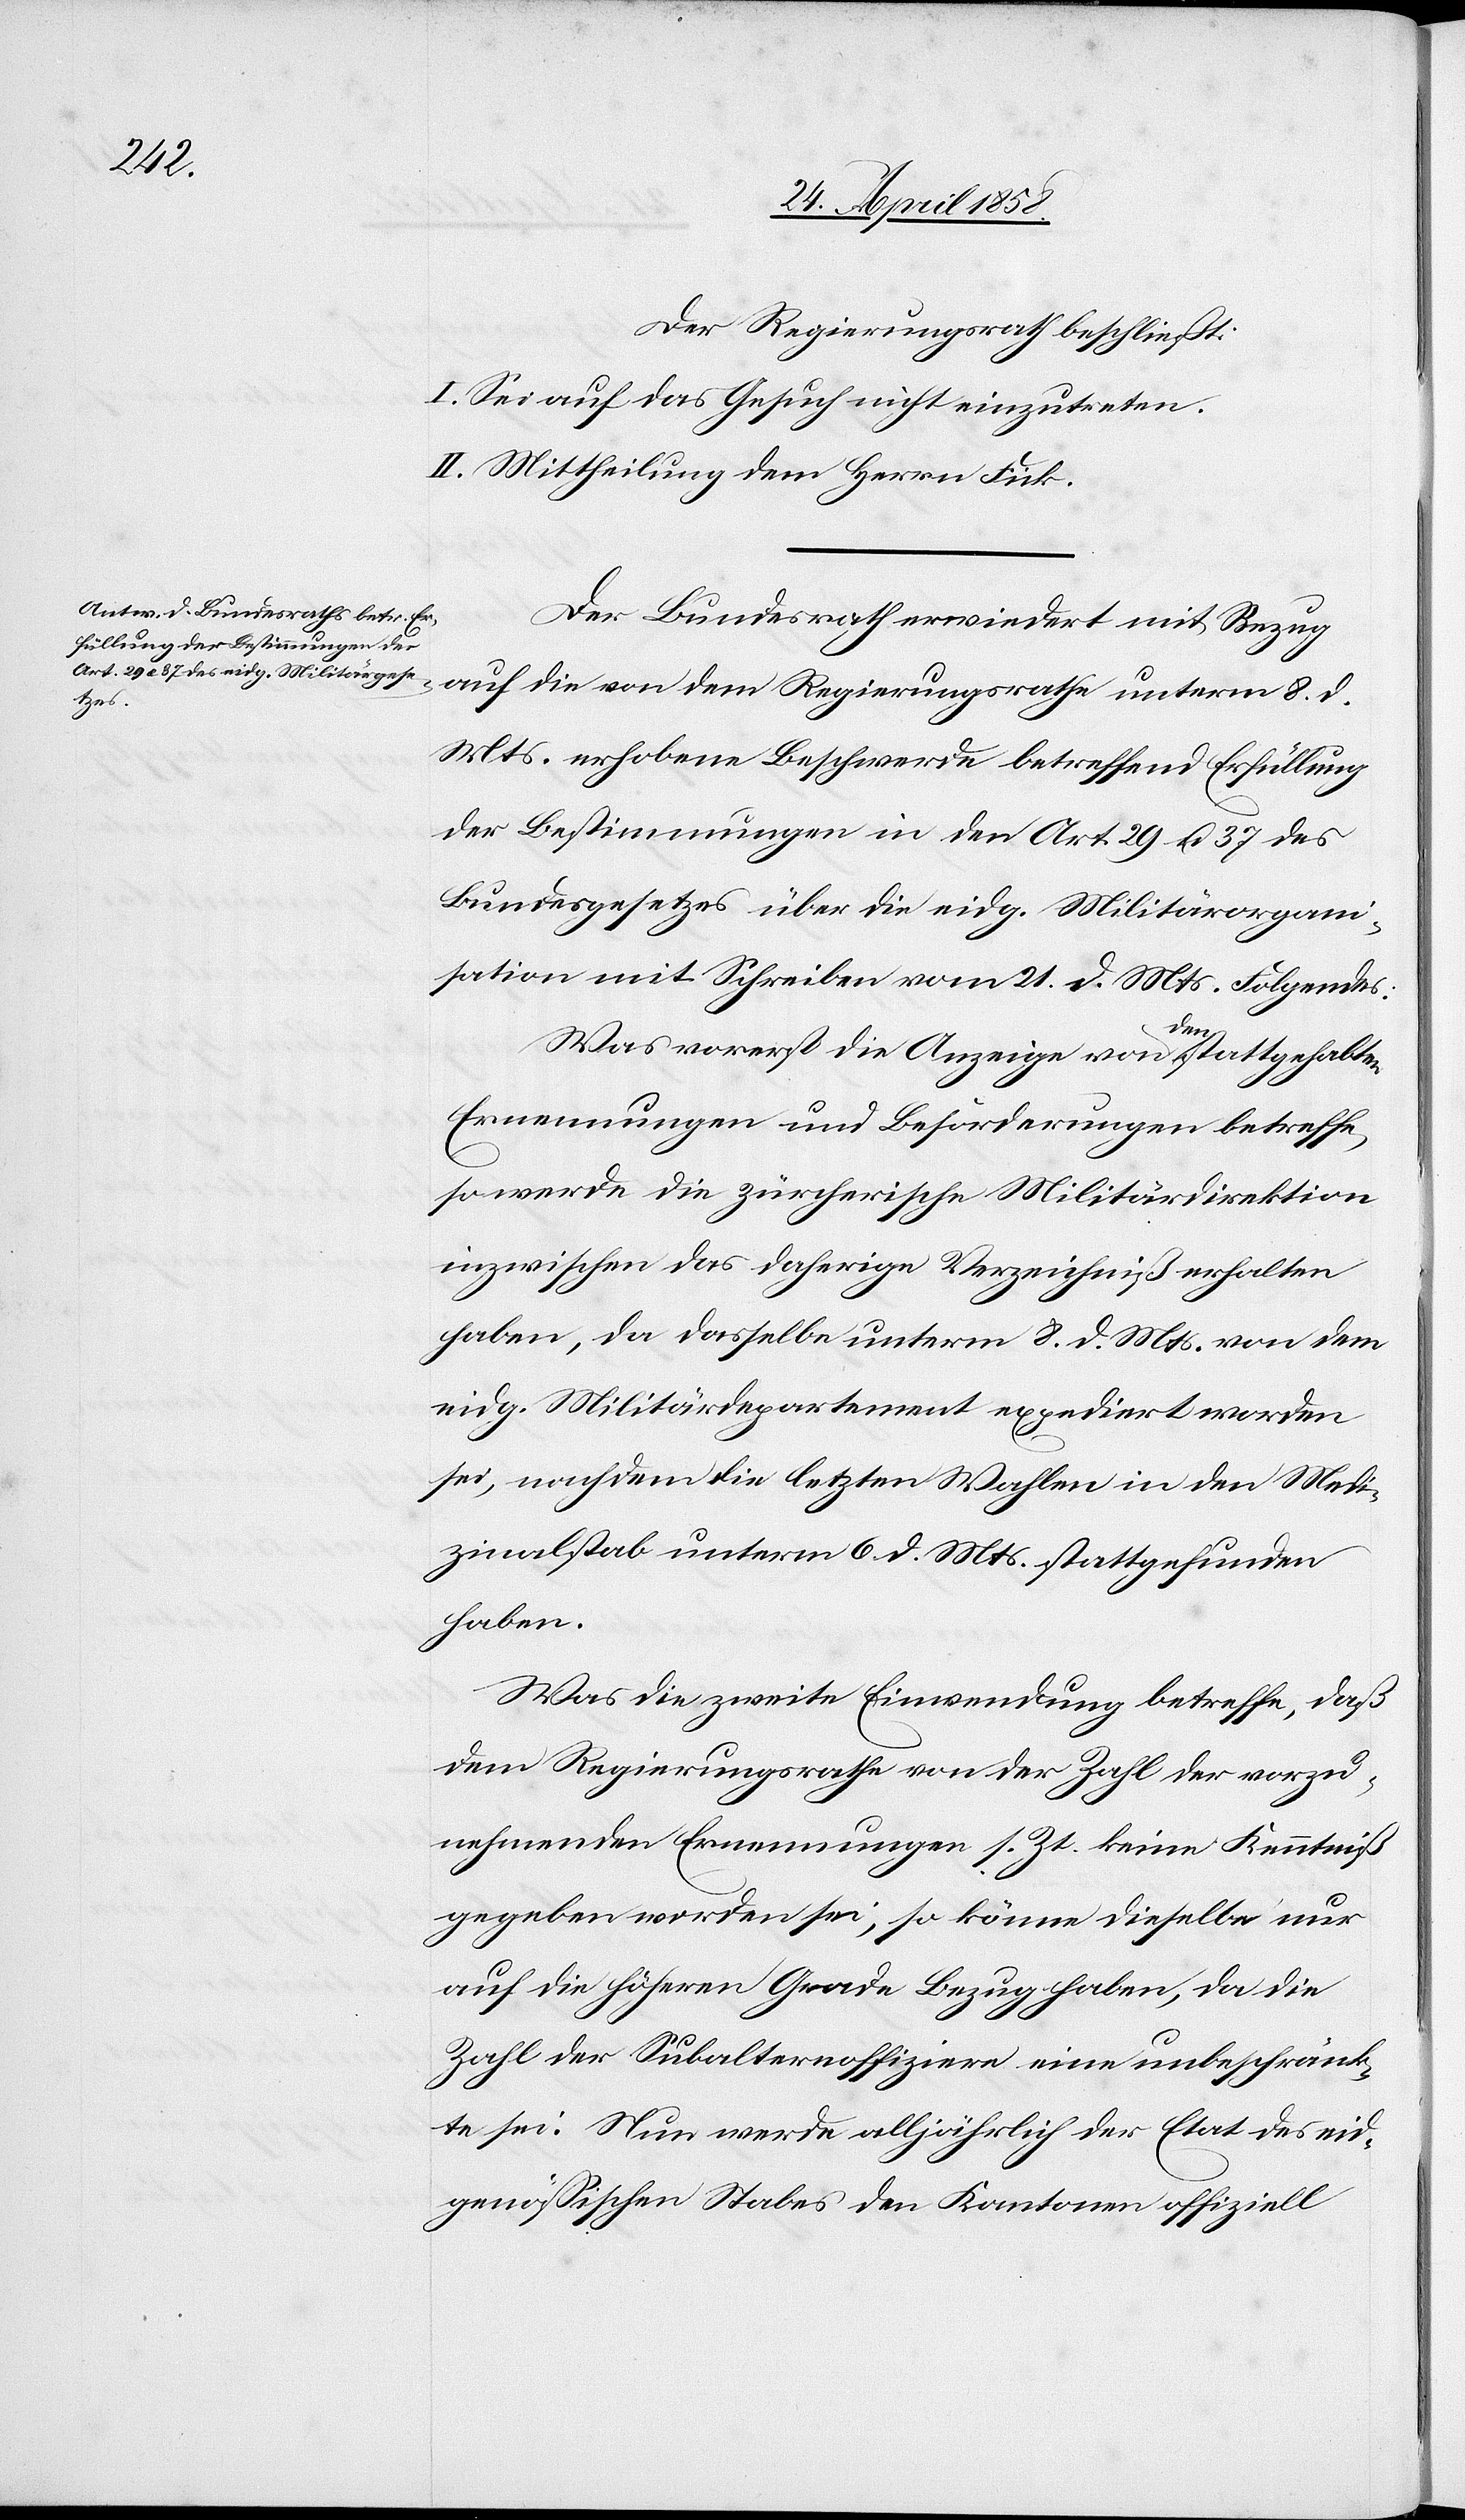
Der Regierungsrath beschließt:
I. Sei auf das Gesuch nicht einzutreten.
II. Mittheilung dem Herrn Fick.
Der Bundesrath erwiedert mit Bezug
auf die von dem Regierungsrathe unterm 8. d.
Mts. erhobene Beschwerde betreffend Erfüllung
der Bestimmungen in den Art. 29 u. 37 des
Bundesgesetzes über die eidg. Militärorgani¬
sation mit Schreiben vom 21. d. Mts. Folgendes:
Was vorerst die Anzeige von den stattgehabten
Ernennungen und Beförderungen betreffe,
so werde die zürcherische Militärdirektion
inzwischen das daherige Verzeichniß erhalten
haben, da dasselbe unterm 8. d. Mts. von dem
eidg. Militärdepartement expedirt worden
sei, nachdem die letzten Wahlen in den Medi¬
zinalstab unterm 6. d. Mts. stattgefunden
haben.
Was die zweite Einwendung betreffe, daß
dem Regierungsrathe von der Zahl der vorzu¬
nehmenden Ernennungen s. Zt. keine Kenntniß
gegeben worden sei, so könne dieselbe nur
auf die höheren Grade Bezug haben, da die
Zahl der Subalternoffiziere eine unbeschränk¬
te sei. Nun werde alljährlich der Etat des eid¬
genössischen Stabes den Kantonen offiziell